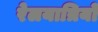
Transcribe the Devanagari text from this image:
रेलयात्रियों